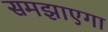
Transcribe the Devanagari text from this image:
समझाएगा